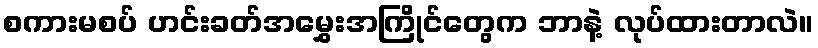
စကားမစပ် ဟင်းခတ်အမွှေးအကြိုင်တွေက ဘာနဲ့ လုပ်ထားတာလဲ။